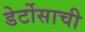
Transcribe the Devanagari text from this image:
डेर्टोसाची